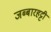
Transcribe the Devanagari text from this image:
जब्‍बारहट्टी